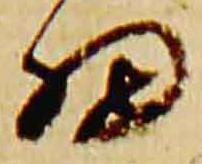
細